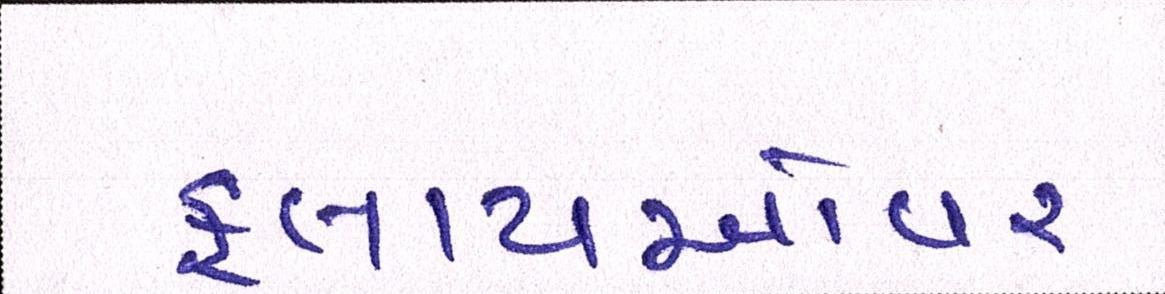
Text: ફ્લાયઓવર